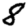
Digit: 8